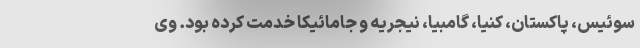
سوئیس، پاکستان، کنیا، گامبیا،‌ نیجریه و جامائیکا خدمت کرده بود. وی